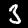
Label: 3